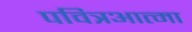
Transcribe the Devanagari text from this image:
पवित्रआत्मा